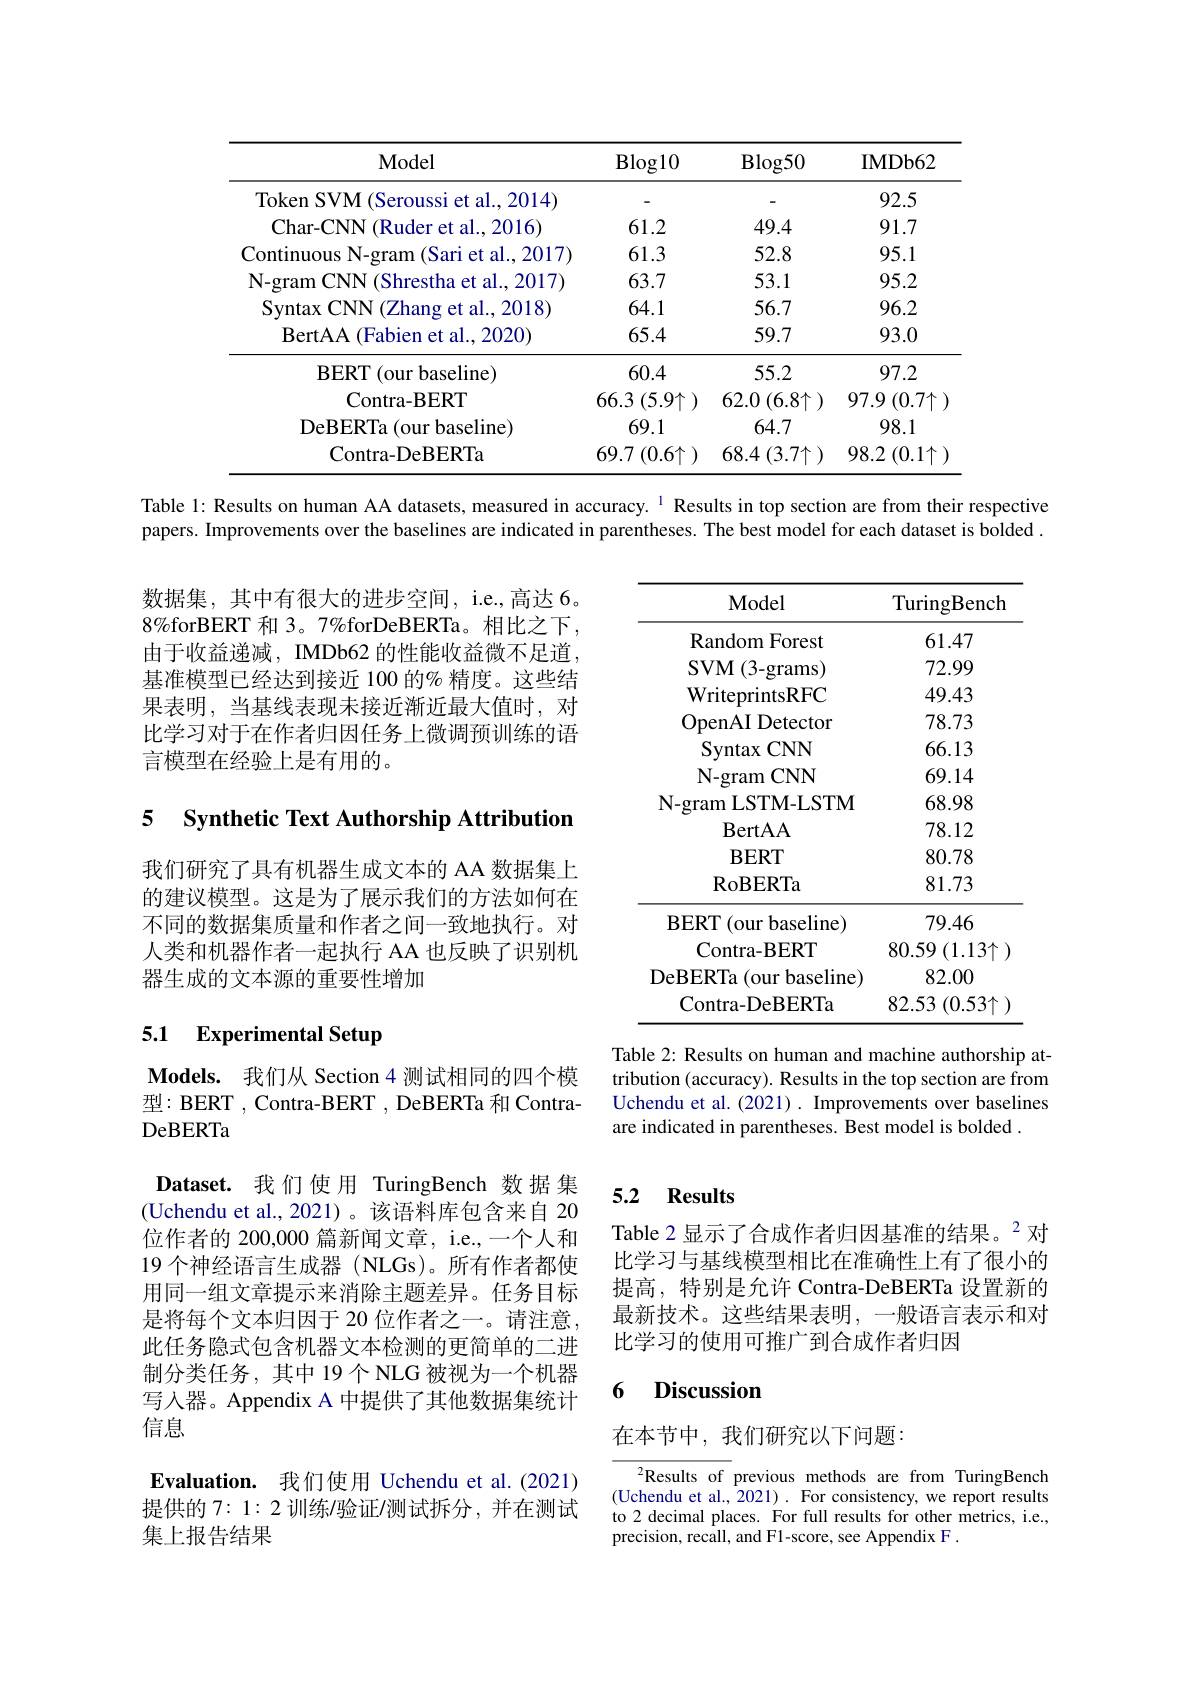
<table>
	<tbody>
		<tr>
			<th>Model</th>
			<th>$Blog10$</th>
			<th>Blog50</th>
			<th>IMDb62</th>
		</tr>
		<tr>
			<td>Token SVM (Seroussi et al., 2014)</td>
			<td> </td>
			<td> </td>
			<td>92.5</td>
		</tr>
		<tr>
			<td>Char- CNN ( Ruder et al. , 2016) </td>
			<td>61.2</td>
			<td>49.4</td>
			<td>91.7</td>
		</tr>
		<tr>
			<td>Continuous N-gram (Sari et al., 2017)</td>
			<td>61.3</td>
			<td>52.8</td>
			<td>95.1</td>
		</tr>
		<tr>
			<td>N-gram CNN (Shrestha et al., 2017)</td>
			<td>63.7</td>
			<td>53.1</td>
			<td>95.2</td>
		</tr>
		<tr>
			<td>Syntax CNN 111 (Zhang et al., 2018)</td>
			<td>64.1</td>
			<td>56.7</td>
			<td>96.2</td>
		</tr>
		<tr>
			<td>BertAA ( Fabien et al. , 2020) </td>
			<td>65.4</td>
			<td>59.7</td>
			<td>93.0</td>
		</tr>
		<tr>
			<td>BERT ( our baseline) </td>
			<td>60.4</td>
			<td>55.2</td>
			<td>97.2</td>
		</tr>
		<tr>
			<td>Contra- BERT</td>
			<td>66.3 $( 5. 9\uparrow$ 1</td>
			<td>62.0 $( 6. 8\uparrow$ T</td>
			<td>$97.9\left(0.7\uparrow\right.$</td>
		</tr>
		<tr>
			<td>DeBERTa (our baseline)</td>
			<td>69.1</td>
			<td>64.7</td>
			<td>98.1</td>
		</tr>
		<tr>
			<td>Contra- DeBERTa</td>
			<td>69.7 ( $(0.6\uparrow$ 1 </td>
			<td>$68.4\left(3.7\uparrow\right)$</td>
			<td>98.2 $( 0. 1\uparrow$</td>
		</tr>
	</tbody>
</table>

Table 1: Results on human AA datasets, measured in accuracy. $^{1}$ Results in top section are from their respective

papers. Improvements over the baselines are indicated in parentheses. The best model for each dataset is bolded .

数据集，其中有很大的进步空间，i.e.,高达 6。$8\%$forBERT 和 3。7%forDeBERTa。相比之下， 由于收益递减，IMDb62 的性能收益微不足道， 基准模型已经达到接近 100 的% 精度。这些结果表明，当基线表现未接近渐近最大值时，对比学习对于在作者归因任务上微调预训练的语言模型在经验上是有用的。

<table>
	<tbody>
		<tr>
			<th>Model</th>
			<th>TuringBench</th>
		</tr>
		<tr>
			<td>RandomForest</td>
			<td>61.47</td>
		</tr>
		<tr>
			<td>$SVM$ (3- grams)</td>
			<td>72.99</td>
		</tr>
		<tr>
			<td>${\mathrm{WriteprintsRFC}}$</td>
			<td>49.43</td>
		</tr>
		<tr>
			<td>OpenAI Detector</td>
			<td>78.73</td>
		</tr>
		<tr>
			<td>Syntax $CNN$</td>
			<td>66.13</td>
		</tr>
		<tr>
			<td>N- gram $CNN$</td>
			<td>69.14</td>
		</tr>
		<tr>
			<td>N-gram LSTM-LSTM</td>
			<td>68.98</td>
		</tr>
		<tr>
			<td>$\mathbf{BertAA}$</td>
			<td>78.12</td>
		</tr>
		<tr>
			<td>$\mathbf{BERT}$</td>
			<td>80.78</td>
		</tr>
		<tr>
			<td>RoBERTa</td>
			<td>81.73</td>
		</tr>
		<tr>
			<td>$\mathbf{BERT}$ (our baseline)</td>
			<td>79.46</td>
		</tr>
		<tr>
			<td>Contra- BERT</td>
			<td>$80.59\left(1.13\uparrow\right)$</td>
		</tr>
		<tr>
			<td>DeBERTa (our baseline)</td>
			<td>82.00</td>
		</tr>
		<tr>
			<td>Contra-DeBERTa</td>
			<td>82.53 $( 0. 53\uparrow$</td>
		</tr>
	</tbody>
</table>

5 $\textbf{Svnthetic Text Authorship Attribution}$

我们研究了具有机器生成文本的 AA 数据集上的建议模型。这是为了展示我们的方法如何在不同的数据集质量和作者之间一致地执行。对人类和机器作者一起执行 AA 也反映了识别机器生成的文本源的重要性增加

### 5.1 Experimental Setup

Table 2: Results on human and machine authorship attribution (accuracy). Results in the top section are from Uchendu et al. (2021). Improvements over baselines are indicated in parentheses. Best model is bolded .

Models. 我们从 Section 4 测试相同的四个模型：BERT , Contra-BERT , DeBERTa 和 ContraDeBERTa

### 5.2 Results

Dataset. 我们使用 TuringBench 数据集(Uchendu et al.,2021)。该语料库包含来自 20位作者的 200,000 篇新闻文章，i.e.,一个人和19 个神经语言生成器 (NLGs)。所有作者都使用同一组文章提示来消除主题差异。任务目标是将每个文本归因于 20 位作者之一。请注意， 此任务隐式包含机器文本检测的更简单的二进制分类任务，其中 19个 NLG 被视为一个机器写人器。Appendix A 中提供了其他数据集统计信息
Evaluation. 我们使用 Uchendu et al.(2021)

Table 2 显示了合成作者归因基准的结果。$^{2}$对比学习与基线模型相比在准确性上有了很小的提高，特别是允许 Contra-DeBERTa 设置新的最新技术。这些结果表明，一般语言表示和对比学习的使用可推广到合成作者归因

### 6 Discussior

在本节中，我们研究以下问题：

提供的 7: 1: 2 训练/验证/测试拆分，并在测试
集上报告结果

$^{2}$Results of previous methods are from TuringBench (Uchendu et al., 2021). For consistency, we report results to 2 decimal places. For full results for other metrics, i.e., precision, recall, and F1-score, see Appendix F